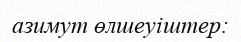
азимут өлшеуіштер: